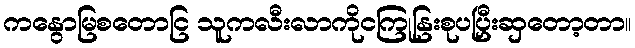
ကနွောမြစတောငြ သူကလီးလာကိုငကြုနြးစုပပြှီးဆှတော့တာ။